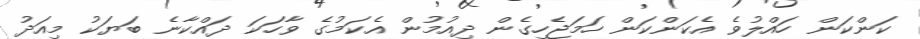
ކަންކަން ހައްލުވެ އެކަންކަން ހަމަޖެހިގެން ދިއުމުން އެކަމުގެ ވާހަކަ ދައްކާނެ ބަޔަކު މިއަދު